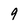
Character: 9